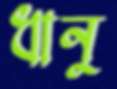
ধানু